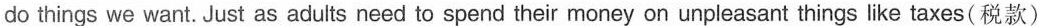
do things we want.Just as adults need to spend their money on unpleasant things like taxes(税款)